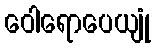
ဝေါရောပေယျုံ